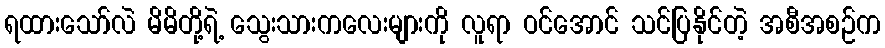
ရထားသော်လဲ မိမိတို့ရဲ့ သွေးသားကလေးများကို လူရာ ဝင်အောင် သင်ပြနိုင်တဲ့ အစီအစဉ်က